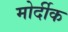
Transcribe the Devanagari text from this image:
मोर्दीक